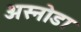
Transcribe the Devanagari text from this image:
अस्नोडा